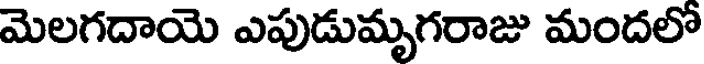
మెలగదాయె ఎపుడుమృగరాజు మందలో